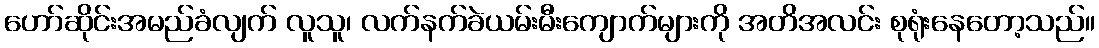
ဟော်ဆိုင်းအမည်ခံလျက် လူသူ၊ လက်နက်ခဲယမ်းမီးကျောက်များကို အတိအလင်း စုရုံးနေတော့သည်။